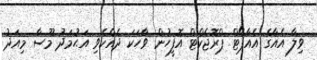
ވިލާ އެއާގެ އެއާޕޯޓް ޕްރޮޖެކްޓް އޮފީހުން ވާހަކަ ދެއްކެވި އަޙުމަދު މޫސާ މިއަދު